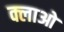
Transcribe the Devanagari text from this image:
क्लाओ